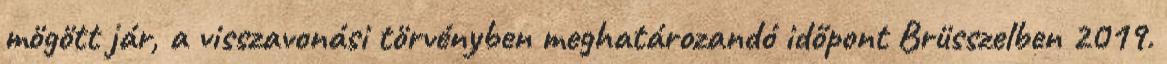
mögött jár, a visszavonási törvényben meghatározandó időpont Brüsszelben 2019.